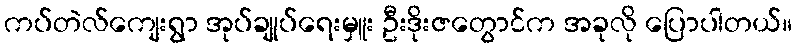
ကပ်တဲလ်ကျေးရွာ အုပ်ချုပ်ရေးမှူး ဦးဒိုးဇတွောင်က အခုလို ပြောပါတယ်။